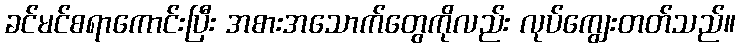
ခင်မင်စရာကောင်းပြီး အစားအသောက်တွေကိုလည်း လုပ်ကျွေးတတ်သည်။